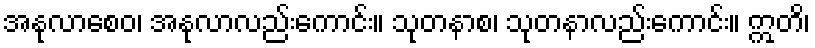
အနုလာစေဝ၊ အနုလာလည်းကောင်း။ သုတနာစ၊ သုတနာလည်းကောင်း။ ဣတိ၊